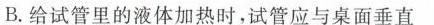
B.给试管里的液体加热时，试管应与桌面垂直